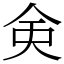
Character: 㑒